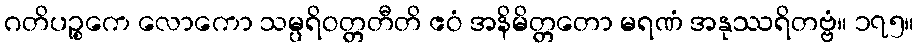
ဂတိပဉ္စကေ လောကော သမ္ပရိဝတ္တတီတိ ဧဝံ အနိမိတ္တတော မရဏံ အနုဿရိတဗ္ဗံ။ ၁၇၅။